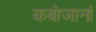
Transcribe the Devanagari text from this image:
कबोजानां